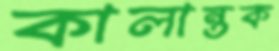
কালান্তক